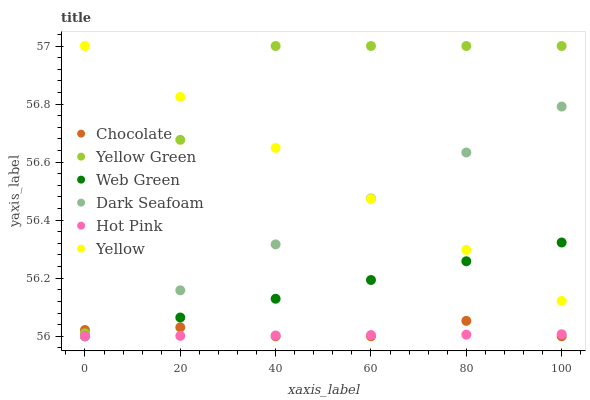
| xaxis_label | Chocolate | Yellow Green | Web Green | Dark Seafoam | Hot Pink | Yellow |
 | --- | --- | --- | --- | --- | --- | --- |
 | 0 | 56 | 56 | 56 | 56 | 56 | 57 |
 | 20 | 56 | 56.7 | 56.1 | 56.2 | 56 | 56.8 |
 | 40 | 56 | 57 | 56.1 | 56.3 | 56 | 56.6 |
 | 60 | 56 | 57 | 56.2 | 56.5 | 56 | 56.5 |
 | 80 | 56.1 | 57 | 56.3 | 56.6 | 56 | 56.3 |
 | 100 | 56 | 57 | 56.3 | 56.8 | 56 | 56.1 |